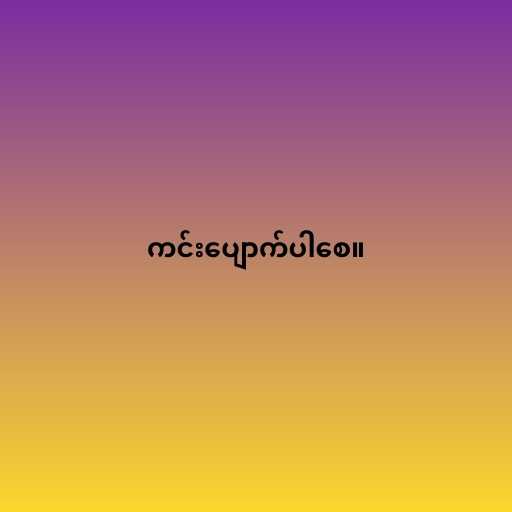
ကင်းပျောက်ပါစေ။